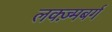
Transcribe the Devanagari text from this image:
लक्ज़्मबर्ग